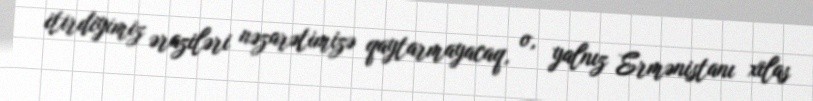
itirdiyimiz əraziləri nəzarətimizə qaytarmayacaq, o, yalnız Ermənistanı xilas